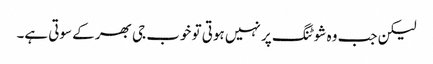
لیکن جب وہ شوٹنگ پر نہیں ہوتی تو خوب جی بھر کے سوتی ہے۔